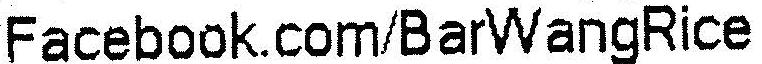
FACEBOOK.COM/BARWANGRICE